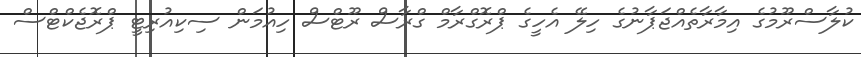
ކުލާސްރޫމުގެ އިމާރާތެއްޖަޕާނުގެ ހިލޭ އެހީގެ ޕްރޮގްރާމް ގްރާސް ރޫޓްސް ހިއުމަން ސިކިއުރިޓީ ޕްރޮޖެކްޓްސް